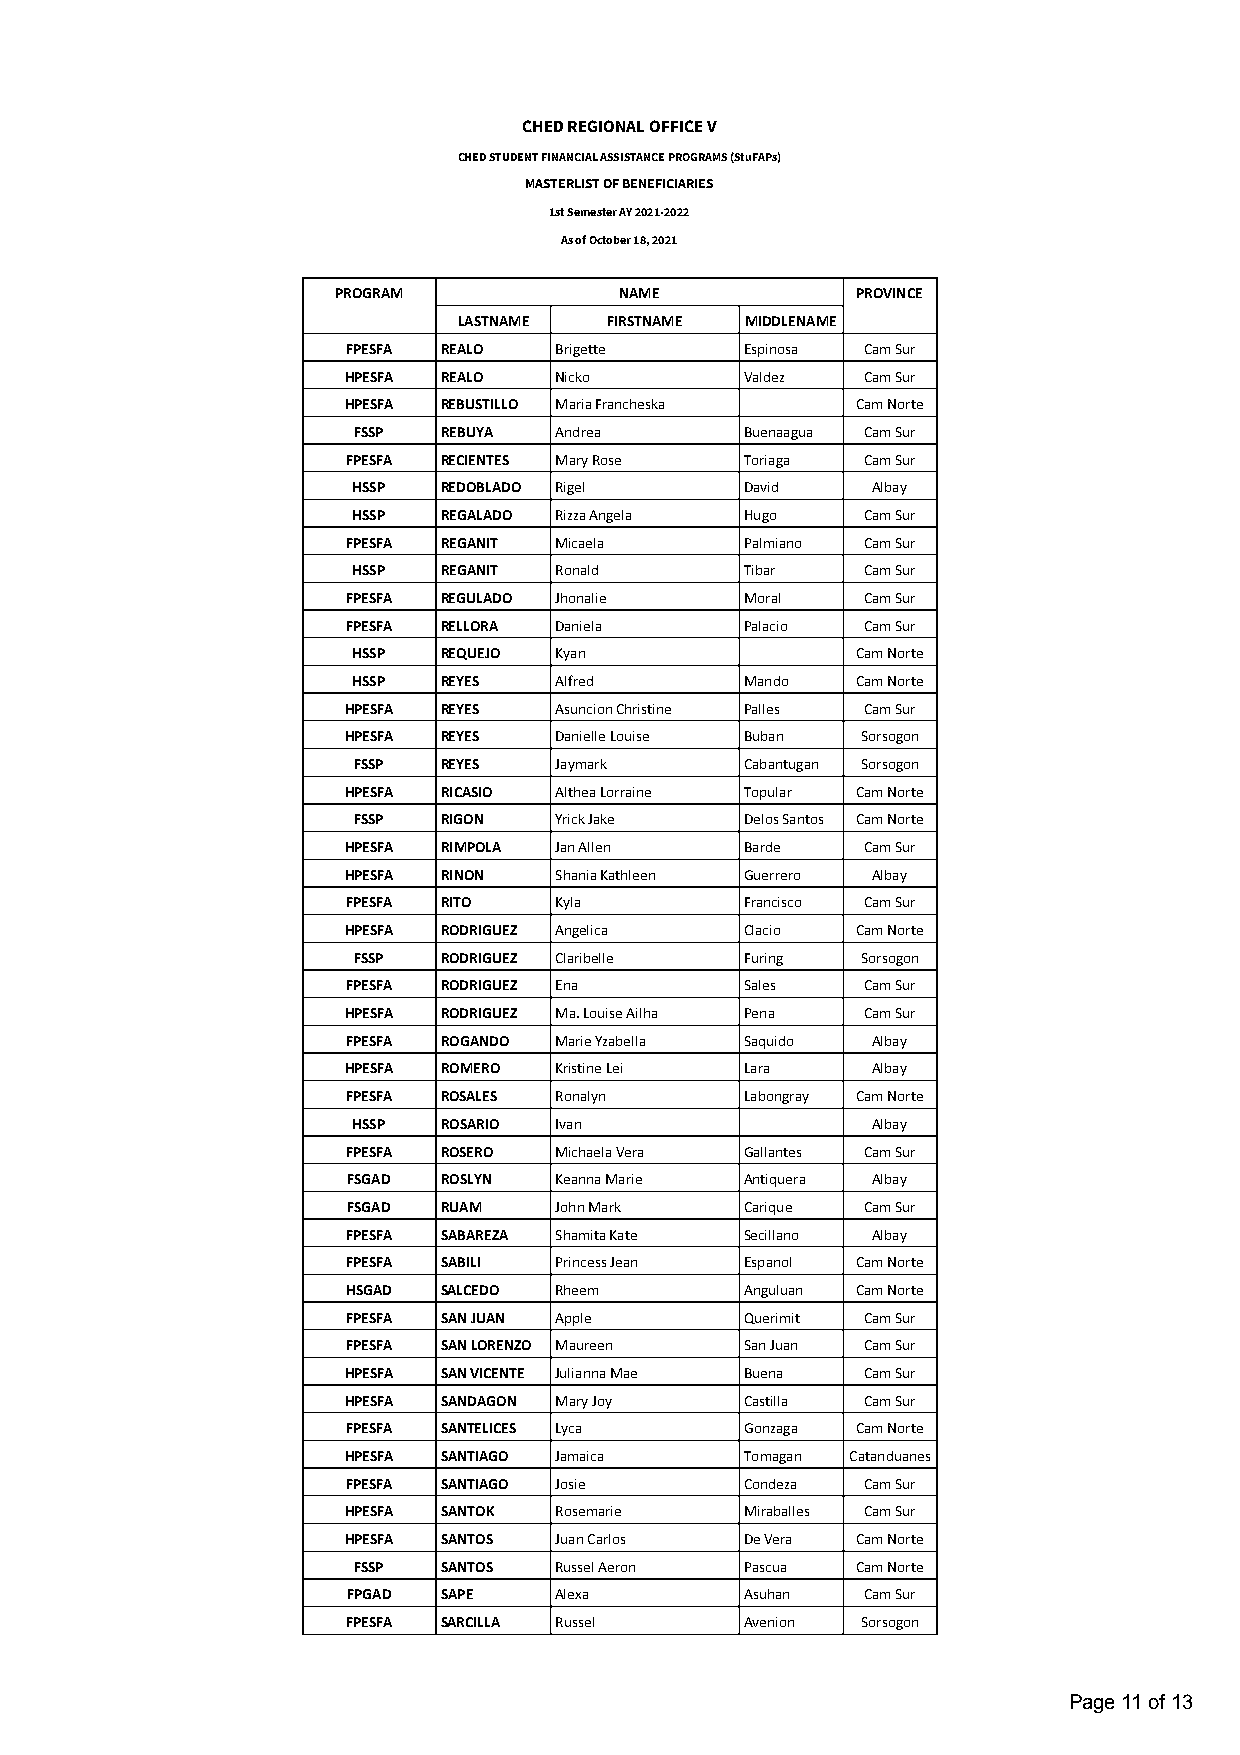
CHED REGIONAL OFFICE V
 CHED STUDENT FINANCIAL ASSISTANCE PROGRAMS (StuFAPs)
 MASTERLIST OF BENEFICIARIES
 1st Semester AY 2021-2022
 As of October 18, 2021
 PROGRAM            NAME            PROVINCE
 LASTNAME  FIRSTNAME MIDDLENAME
 FPESFA REALO  Brigette    Espinosa Cam Sur
 HPESFA REALO  Nicko       Valdez  Cam Sur
 HPESFA REBUSTILLO Maria Francheska Cam Norte
 FSSP  REBUYA  Andrea      Buenaagua Cam Sur
 FPESFA RECIENTES Mary Rose Toriaga Cam Sur
 HSSP  REDOBLADO Rigel     David    Albay
 HSSP  REGALADO Rizza Angela Hugo  Cam Sur
 FPESFA REGANIT Micaela    Palmiano Cam Sur
 HSSP  REGANIT Ronald      Tibar   Cam Sur
 FPESFA REGULADO Jhonalie  Moral   Cam Sur
 FPESFA RELLORA Daniela    Palacio Cam Sur
 HSSP  REQUEJO Kyan                Cam Norte
 HSSP  REYES   Alfred      Mando   Cam Norte
 HPESFA REYES  Asuncion Christine Palles Cam Sur
 HPESFA REYES  Danielle Louise Buban Sorsogon
 FSSP  REYES   Jaymark     Cabantugan Sorsogon
 HPESFA RICASIO Althea Lorraine Topular Cam Norte
 FSSP  RIGON   Yrick Jake  Delos Santos Cam Norte
 HPESFA RIMPOLA Jan Allen  Barde   Cam Sur
 HPESFA RINON  Shania Kathleen Guerrero Albay
 FPESFA RITO   Kyla        Francisco Cam Sur
 HPESFA RODRIGUEZ Angelica Clacio  Cam Norte
 FSSP  RODRIGUEZ Claribelle Furing Sorsogon
 FPESFA RODRIGUEZ Ena      Sales   Cam Sur
 HPESFA RODRIGUEZ Ma. Louise Ailha Pena Cam Sur
 FPESFA ROGANDO Marie Yzabella Saquido Albay
 HPESFA ROMERO Kristine Lei Lara    Albay
 FPESFA ROSALES Ronalyn    Labongray Cam Norte
 HSSP  ROSARIO Ivan                 Albay
 FPESFA ROSERO Michaela Vera Gallantes Cam Sur
 FSGAD ROSLYN  Keanna Marie Antiquera Albay
 FSGAD RUAM    John Mark   Carique Cam Sur
 FPESFA SABAREZA Shamita Kate Secillano Albay
 FPESFA SABILI Princess Jean Espanol Cam Norte
 HSGAD SALCEDO Rheem       Anguluan Cam Norte
 FPESFA SAN JUAN Apple     Querimit Cam Sur
 FPESFA SAN LORENZO Maureen San Juan Cam Sur
 HPESFA SAN VICENTE Julianna Mae Buena Cam Sur
 HPESFA SANDAGON Mary Joy  Castilla Cam Sur
 FPESFA SANTELICES Lyca    Gonzaga Cam Norte
 HPESFA SANTIAGO Jamaica   Tomagan Catanduanes
 FPESFA SANTIAGO Josie     Condeza Cam Sur
 HPESFA SANTOK Rosemarie   Miraballes Cam Sur
 HPESFA SANTOS Juan Carlos De Vera Cam Norte
 FSSP  SANTOS  Russel Aeron Pascua Cam Norte
 FPGAD SAPE    Alexa       Asuhan  Cam Sur
 FPESFA SARCILLA Russel    Avenion Sorsogon
 Page 11 of 13